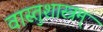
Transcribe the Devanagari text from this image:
वास्तुशास्त्रम्‌